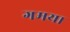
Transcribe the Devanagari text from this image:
गमया